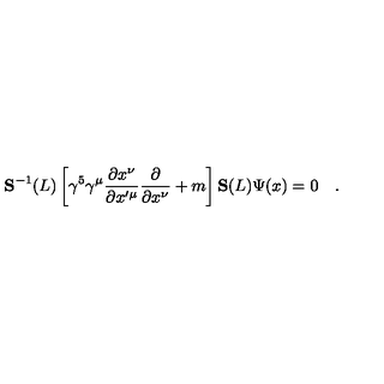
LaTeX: { \bf S } ^ { - 1 } ( L ) \left[ \gamma ^ { 5 } \gamma ^ { \mu } \frac { \partial x ^ { \nu } } { \partial x ^ { \prime \mu } } \frac { \partial } { \partial x ^ { \nu } } + m \right] { \bf S } ( L ) \Psi ( x ) = 0 \quad .